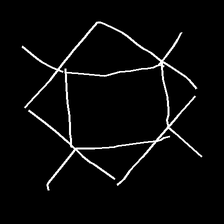
Glyph: light